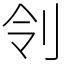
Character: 刢